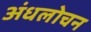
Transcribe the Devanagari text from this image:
अंधलोचन